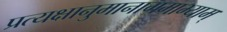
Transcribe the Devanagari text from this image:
प्रत्यक्षानुमानागमाभ्याम्